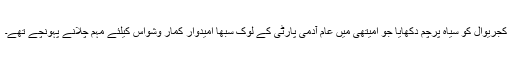
کجریوال کو سیاہ پرچم دکھایا جو امیتھی میں عام آدمی پارٹی کے لوک سبھا امیدوار کمار وشواس کیلئے مہم چلانے پہونچے تھے۔